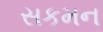
સકમન